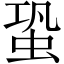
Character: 蛩